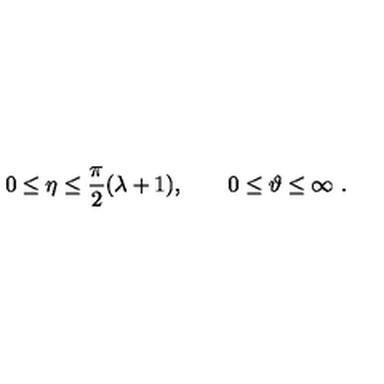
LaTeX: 0 \le \eta \le \frac { \pi } { 2 } ( \lambda + 1 ) , \qquad 0 \le \vartheta \le \infty \ .